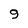
Character: 9